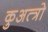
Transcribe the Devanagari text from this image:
कुअत्त्रो